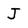
Character: J